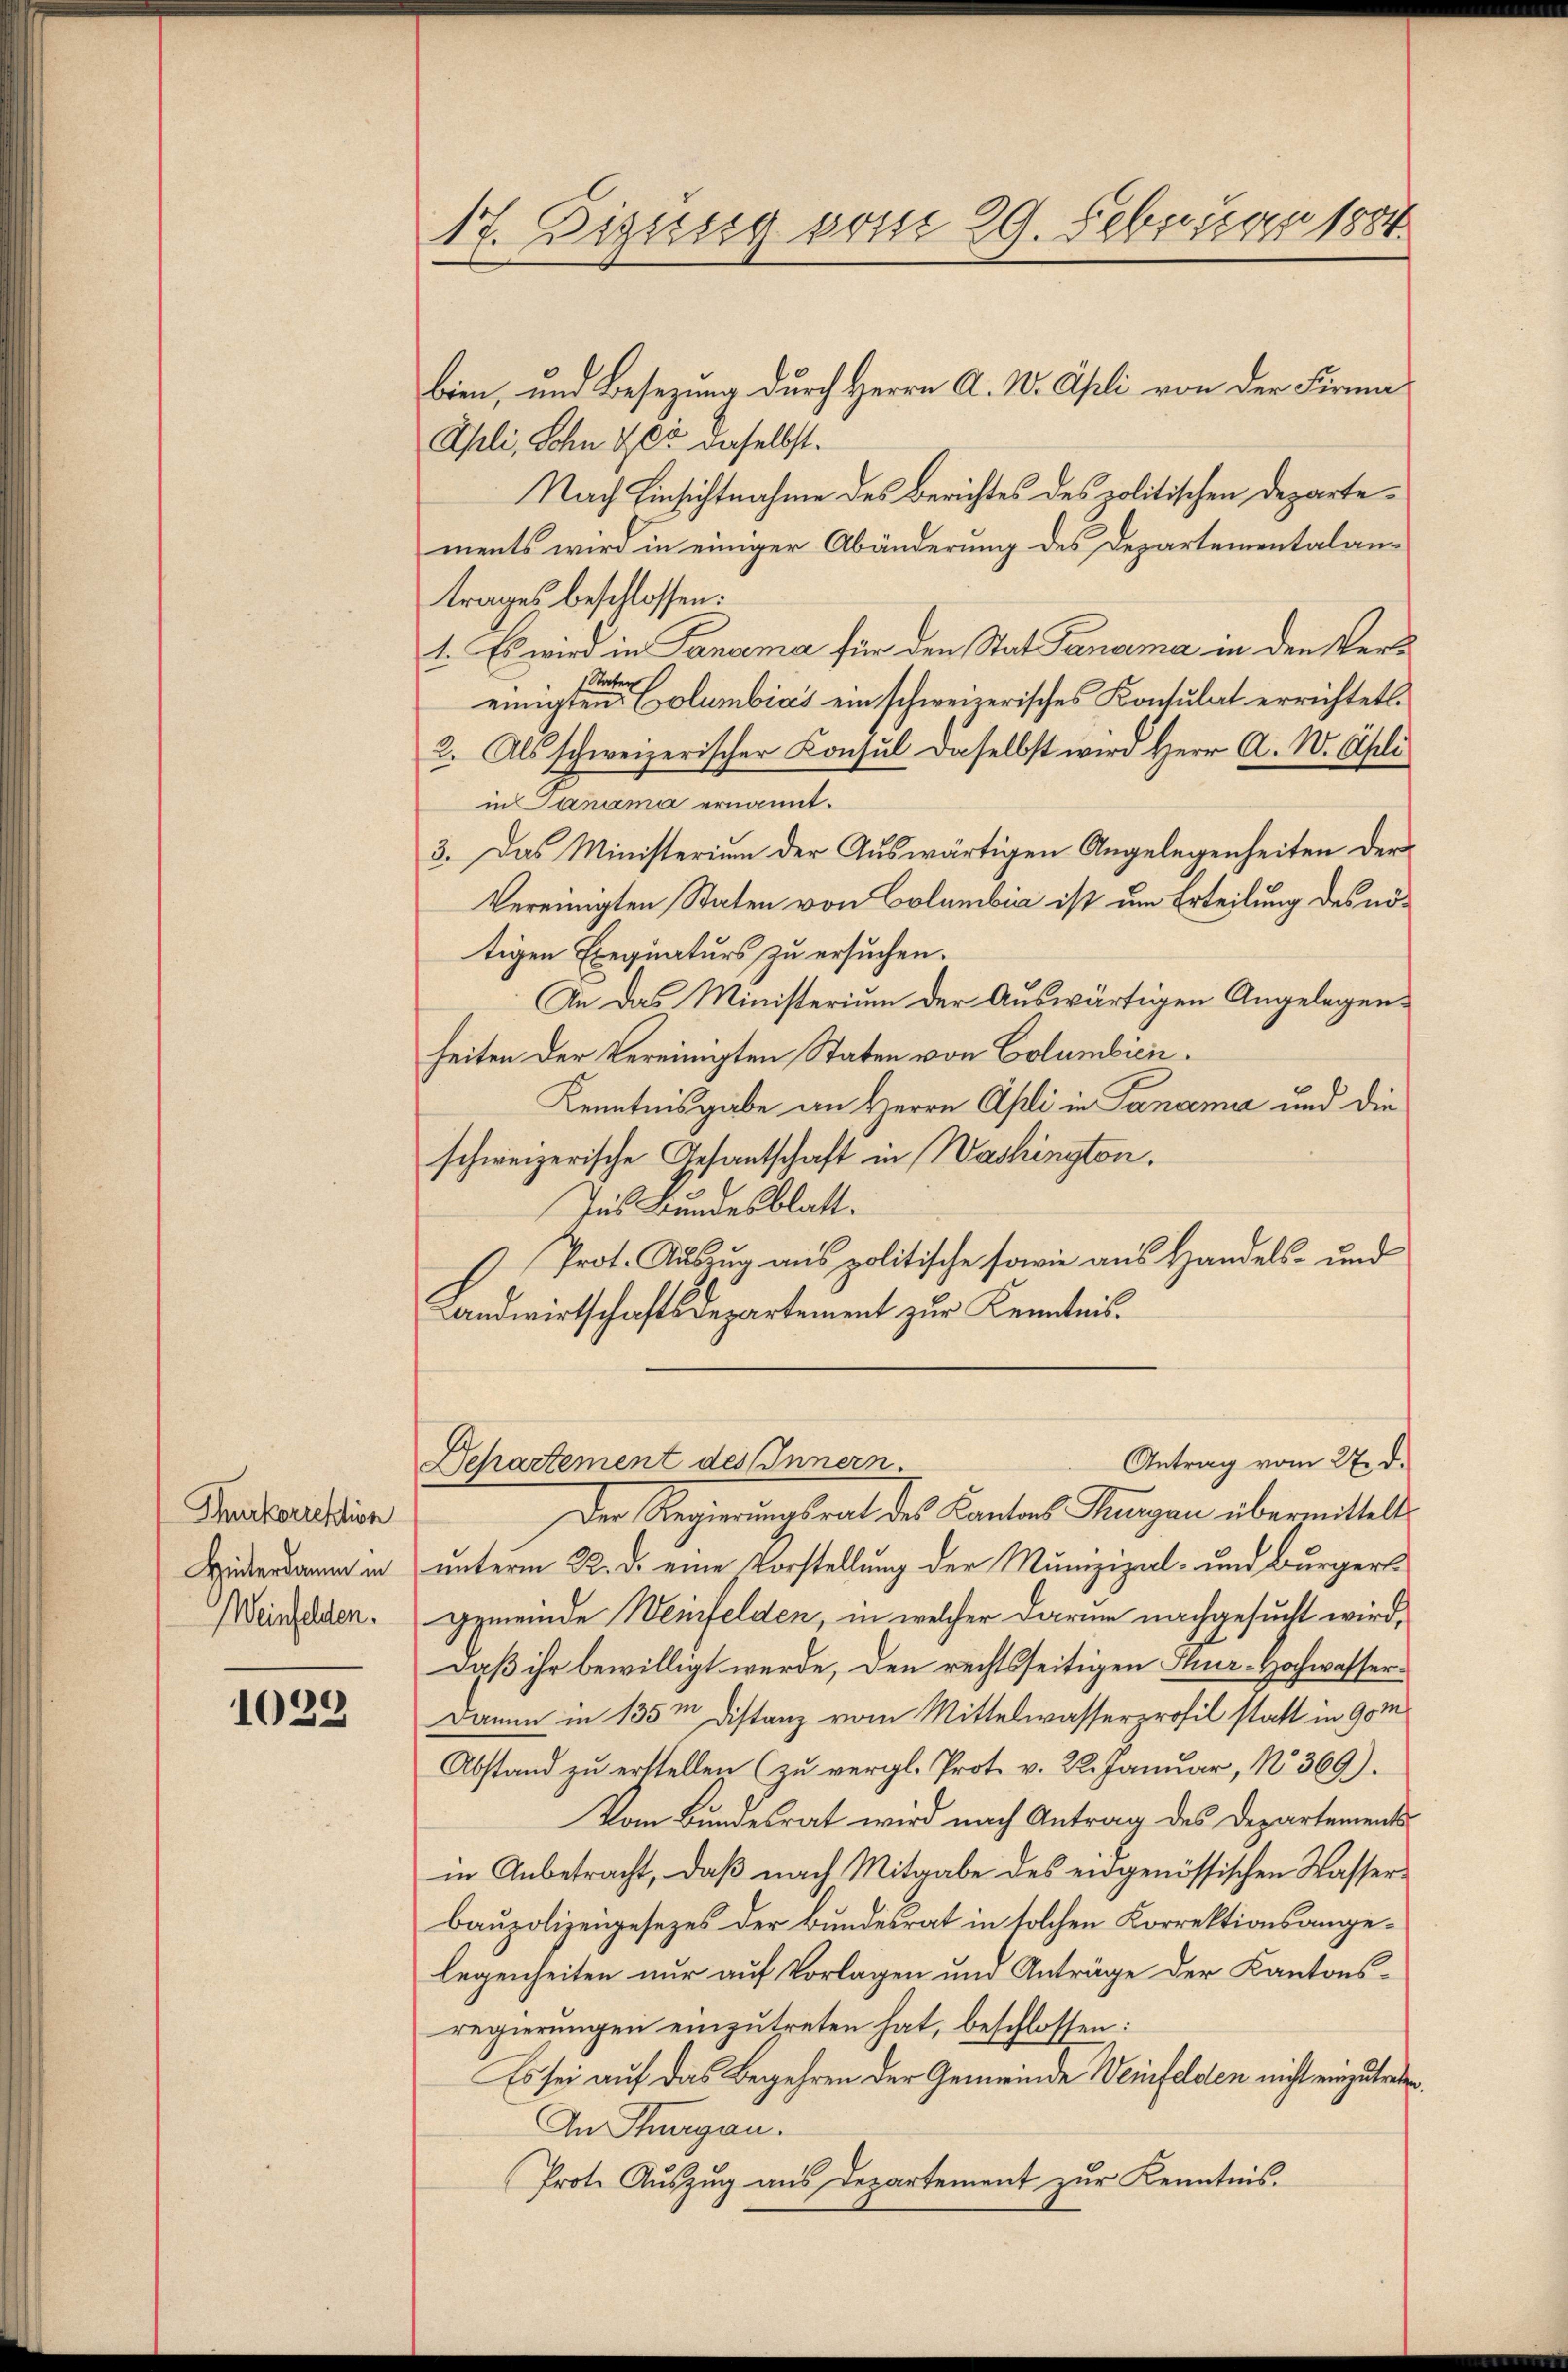
Thurkorrektion
Hinterdamm in
Weinfelden.

1029

17. Sigung vom 29. Februar 1884.

bien, und Besezung durch Herrn A. W. Apli von der Firma¬
Ahli, Sohn 405 daselbst.
Nach Einsichtnahme des Berichtes des politischen Departements wird in einiger Abänderung des Departementalantrages beschlossen:
1. Es wird in Panama für den Stat Danama in den Ver¬
Stater
einigten Columbias ein schweizerisches Kontulat errichtet.
2. Als schweizerischer Consul daselbst wird Herr A. W. Gisli
in Janima ernannt.
3. Das Ministerium der Auswärtigen Angelegenheiten der
Vereinigten Staten von Columbia ist um Erteilung des nötigen Exequaturs zu ersuchen.
An das Ministerium der Auswärtigen Angelegensheiten der Vereinigten Staten von Columbien.
Kenntnisgabe an Herrn Asti in Panceme und die
schweizerische Gesantschaft in Washington.
Ius Bundesblatt.
Prot. Auszug aus politische sowie aus Handels- und
andwirtschaftsdepartement zur Kenntnis.
Antrag vom 27. d.
Departement des Innern
Der Regierungsrat des Cantons Thurgau übermittelt.
unterm 22. d. eine Vorstellung der Munizipal- und Bürgergemeinde Weinfelden, in welcher darme nachgesucht wird,
Daß ihr bewilligt werde, den rechtsseitigen Thur-Hochwasser¬
Damm in 135m Distanz vom Mittelwasserprofil statt in 90 m
Abstand zŭ erstellen (zu vergl. Prot. v. 22. Januar, No 369).
Vom Bundesrat wird nach Antrag des Departements-
in Anbetracht, daß nach Mitgabe des eidgenössischen Wasserbaupolizeigesezes der Bundesrat in solchen Korrektionsangelegenheiten nur auf Vorlagen und Anträge der Kantons-
regierungen einzutreten hat, beschlossen:
Es sei auf das Begehren der Gemeinde Weinfelden nicht einzutreten
An Stuargau.
(Prote Aŭszŭg ans Departement zŭr Kenntnis.